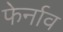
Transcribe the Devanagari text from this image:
फेर्नाव